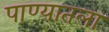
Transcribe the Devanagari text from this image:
पाण्यातला